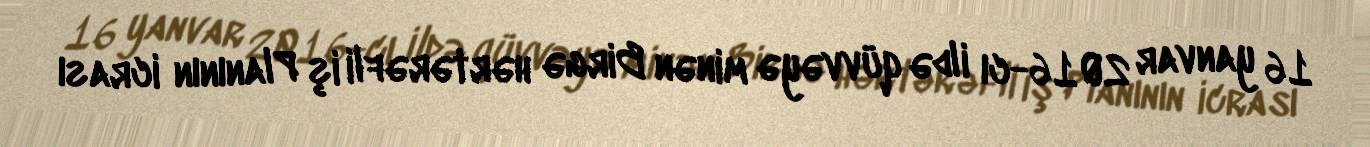
16 yanvar 2016-cı ildə qüvvəyə minən Birgə hərtərəfli iş Planının icrası